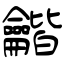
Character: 龤